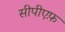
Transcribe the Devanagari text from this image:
सीपीएफ़